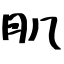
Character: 肌